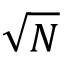
\sqrt { N }